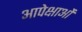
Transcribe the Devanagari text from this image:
आपेक्षाओं